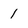
Character: 1